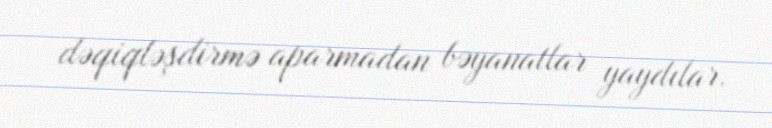
dəqiqləşdirmə aparmadan bəyanatlar yaydılar.